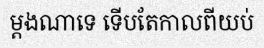
ម្តងណាទេ ទើបតែកាលពីយប់